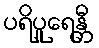
ပရိပူရေန္တီ